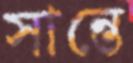
সান্তে